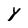
Character: Y